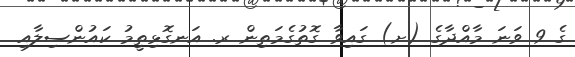
ގެ 9 ވަނަ މާއްދާގެ (ށ) ގައިވާ ގޮތުގެމަތިން ރ. އަނގޮޅިތީމު ކައުންސިލާއި